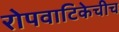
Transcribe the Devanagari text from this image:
रोपवाटिकेचीच